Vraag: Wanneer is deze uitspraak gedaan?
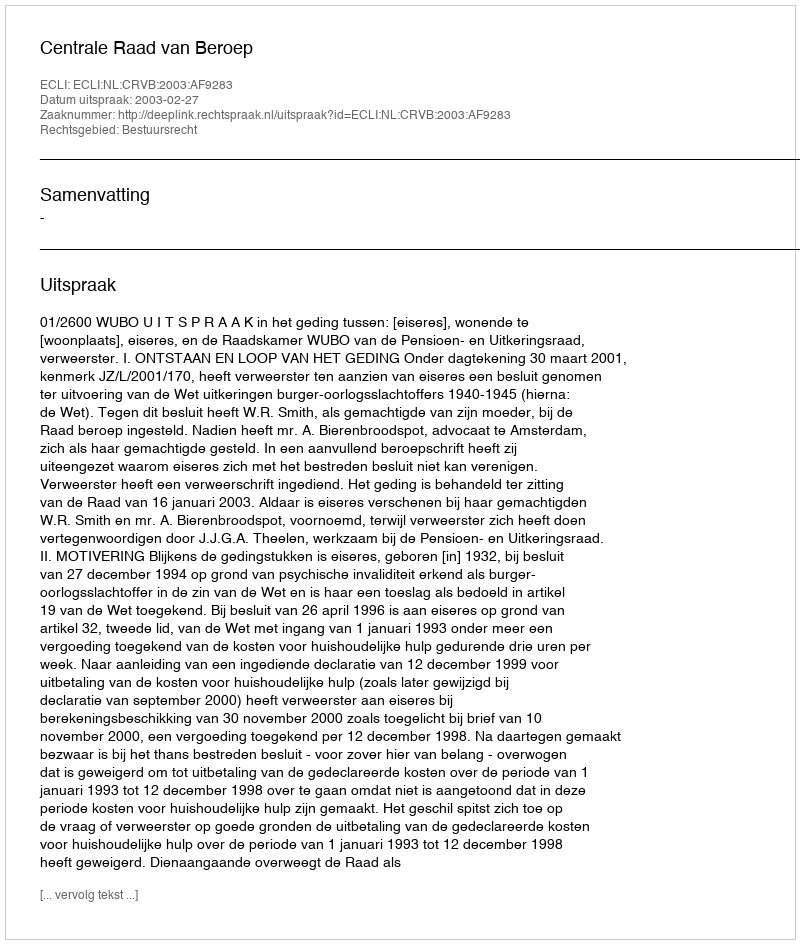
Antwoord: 2003-02-27